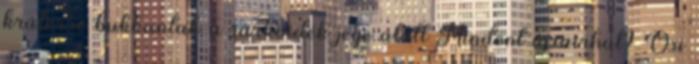
kráterre bukkantak a sarkvidék jege alatt Mindent újraírhat? Ősi